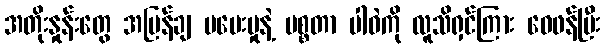
အတိုးနှုန်းတွေ အမြန်ချ မပေးမှုနဲ့ မစ္စတာ ပါဝဲကို လူသိရှင်ကြား ဝေဖန်ပြီး